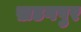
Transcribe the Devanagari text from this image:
ख़डगपुर